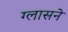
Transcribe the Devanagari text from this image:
ग्लासने